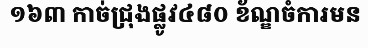
១៦៣ កាច់ជ្រុងផ្លូវ៤៨០ ខ័ណ្ឌចំការមន